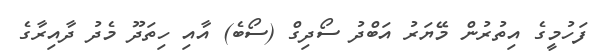
ފަހުމީގެ އިތުރުން މޭޔަރު އަބްދު ސޯދިގް (ސޯބެ) އާއި ހިތަދޫ މެދު ދާއިރާގެ